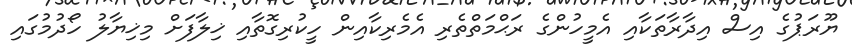
ޔޫރަޕުގެ އިސް އިދާރާތަކާއި އެމީހުންގެ ރަޙްމަތްތެރި އެމެރިކާއިން ހީކުރިގޮތާއި ޚިލާފަށް މިޚިޔާލު ހޯދުމުގައި